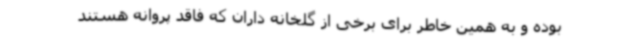
بوده و به همین خاطر برای برخی از گلخانه داران که فاقد پروانه هستند